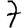
Digit: 7